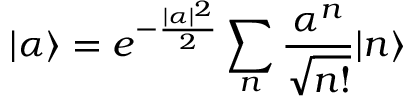
| \alpha \rangle = e ^ { - \frac { | \alpha | ^ { 2 } } { 2 } } \sum _ { n } \frac { \alpha ^ { n } } { \sqrt { n ! } } | n \rangle